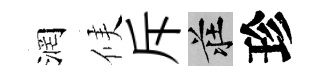
润候斥莊珍